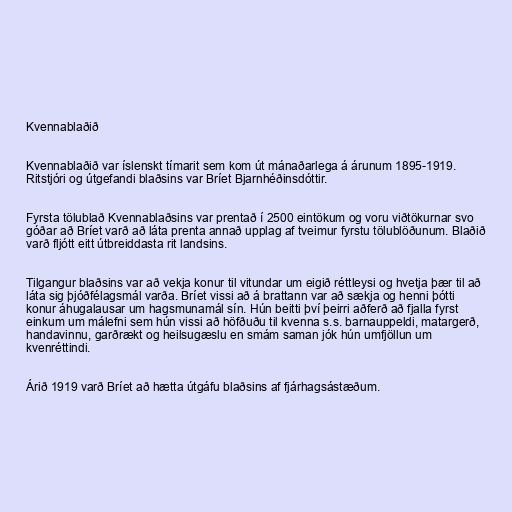
Kvennablaðið

Kvennablaðið var íslenskt tímarit sem kom út mánaðarlega á árunum 1895-1919.
Ritstjóri og útgefandi blaðsins var Bríet Bjarnhéðinsdóttir.

Fyrsta tölublað Kvennablaðsins var prentað í 2500 eintökum og voru viðtökurnar svo
góðar að Bríet varð að láta prenta annað upplag af tveimur fyrstu tölublöðunum. Blaðið
varð fljótt eitt útbreiddasta rit landsins.

Tilgangur blaðsins var að vekja konur til vitundar um eigið réttleysi og hvetja þær til að
láta sig þjóðfélagsmál varða. Bríet vissi að á brattann var að sækja og henni þótti
konur áhugalausar um hagsmunamál sín. Hún beitti því þeirri aðferð að fjalla fyrst
einkum um málefni sem hún vissi að höfðuðu til kvenna s.s. barnauppeldi, matargerð,
handavinnu, garðrækt og heilsugæslu en smám saman jók hún umfjöllun um
kvenréttindi.

Árið 1919 varð Bríet að hætta útgáfu blaðsins af fjárhagsástæðum.